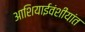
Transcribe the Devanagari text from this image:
आशियाईवंशीयांत